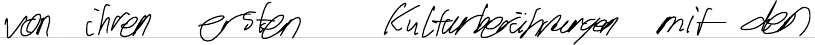
von ihren ersten Kulturberührungen mit den